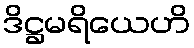
ဒိဋ္ဌမရိယေဟိ